Leaving Certificate Examination, 1904
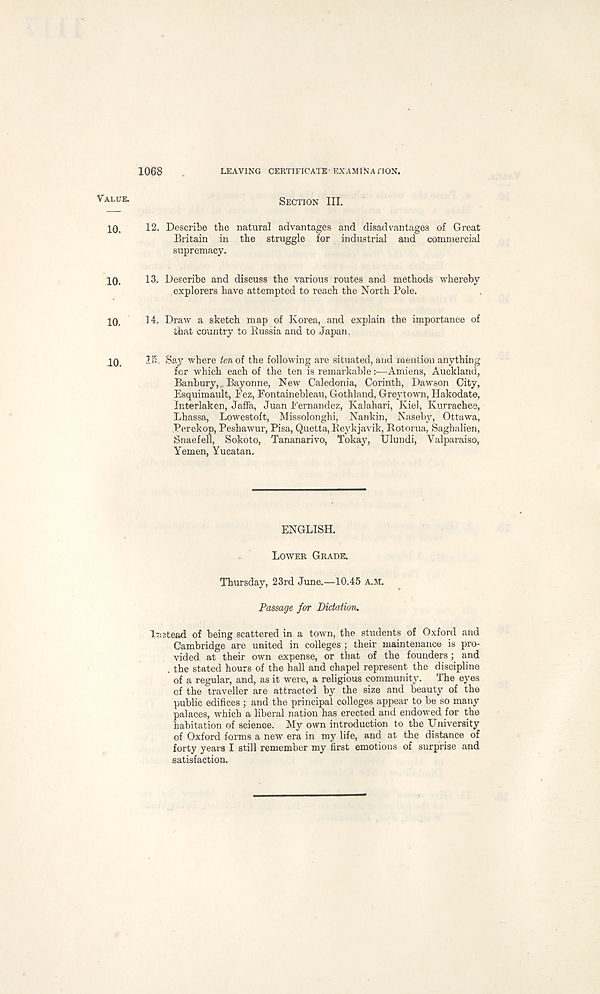
1068
LEAVING CERTIFICATE' EXAMINATION.
Value *
SECTION III.
10.
12. Describe the natural advantages and disadvantages of Great
Britain in the struggle for industrial and commercial
supremacy.
10.
13. Describe and discuss the various routes and methods whereby
explorers have attempted to reach the North Pole.
10,
H. Draw a sketch map of Korea, and explain the importance of
that country to Russia and to Japan.
10.
IK, Say where tenoi the following are situated, and mention anything
for which each of the ten is remarkable:—Amiens, Auckland,
Banbury, Bayonne, New Caledonia, Corinth, Dawson City,
Esquimault, Fez, Fontainebleau, Gothland, Greytown, Hakodate,
Interlaken, Jaffa, Juan Fernandez, Kalahari, Kiel, Kurrachee,
Lhassa, Lowestoft, Missolonghi, Nankin, Naseby, Ottawa,
Perekop, Peshawur, Pisa, Quetta, Reykjavik, Rotorua, Saghalien,
Snaefell, Sokoto, Tananarive, Tokay, Ulundi, Valparaiso,
Yemen, Yucatan.
ENGLISH.
LOWER GRADE.
Thursday, 23rd June.—10.45 A.M.
Passage for Dictation.
Instead of being scattered in a town, the students of Oxford and
Cambridge are united in colleges; their maintenance is pro-
vided at their own expense, or that of the founders; and
, the stated hours of the hall and chapel represent the discipline
of a regular, and, as it were, a religious community. The eyes
of the traveller are attracted by the size and beauty of the
public edifices; and the principal colleges appear to be so many
palaces, which a liberal nation has erected and endowed for the
habitation of science. My own introduction to the University
of Oxford forms a new era in my life, and at the distance of
forty years I still remember my first emotions of surprise and
satisfaction.